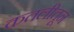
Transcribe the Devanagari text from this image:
कतलीतून